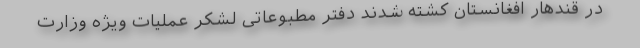
در قندهار افغانستان کشته شدند دفتر مطبوعاتی لشکر عملیات ویژه وزارت